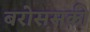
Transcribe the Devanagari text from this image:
बरोस़सकी